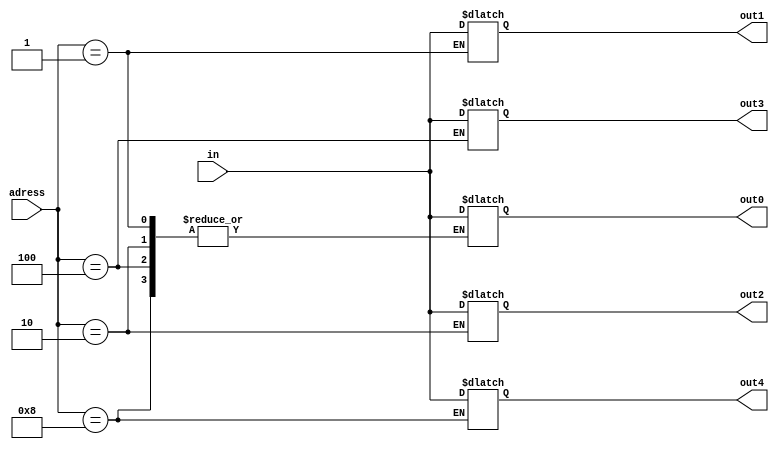
module sw_mux(
		adress,
		in,
		out0,
		out1,
		out2,
		out3,
		out4);
		
		input	[3:0]	adress;
		input	[3:0]	in;
		
		output[3:0]	out0,out1,out2,out3,out4;

		wire	[3:0]	in;
		reg	[3:0]	out0,out1,out2,out3,out4;
		
		always @(adress or in)begin
			case(adress)
				4'b0001	:	out1	<=	in;
				4'b0010	:	out2	<=	in;
				4'b0100	:	out3	<=	in;
				4'b1000	:	out4	<=	in;
				default	:	out0	<=	in;
			endcase
		end
	endmodule